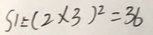
S _ { 1 } = ( 2 \times 3 ) ^ { 2 } = 3 6